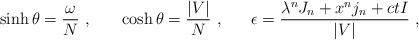
LaTeX: \begin{align*}\sinh \theta = \frac {\omega}{N}~, ~~~~~ \cosh \theta = \frac {|V|}{N}~, ~~~~~\epsilon = \frac {\lambda^n J_n + x^n j_n + ct I} {|V|}~,\end{align*}